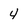
Character: 4